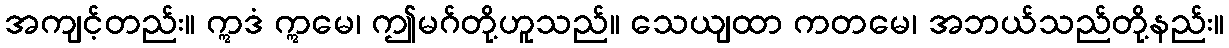
အကျင့်တည်း။ ဣဒံ ဣမေ၊ ဤမဂ်တို့ဟူသည်။ သေယျထာ ကတမေ၊ အဘယ်သည်တို့နည်း။